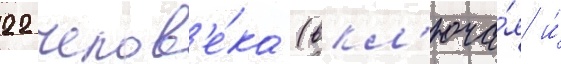
22 челов'е́ка (вкл'юча́я и́